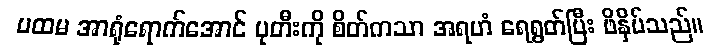
ပထမ အာရုံရောက်အောင် ပုတီးကို စိတ်ကသာ အရဟံ ရေရွတ်ပြီး ဖိနှိပ်သည်။